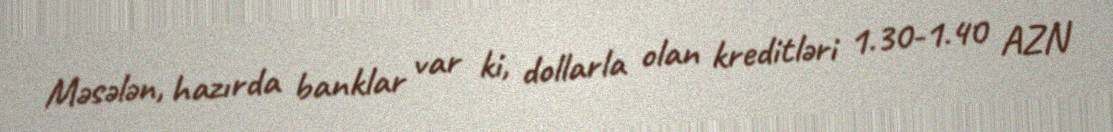
Məsələn, hazırda banklar var ki, dollarla olan kreditləri 1.30-1.40 AZN